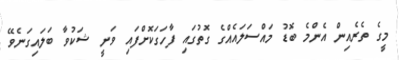
މީގެ ތެރެއިން އެންމެ ބޮޑު މައްސަލައެއްގެ ގޮތުގައި ފާހަގަކޮށްފައި ވަނީ ޝަކުވާ ބަލައިގަނެވޭ